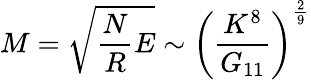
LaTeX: M=\sqrt{\frac{N}{R}E}\sim\left(\frac{K^{8}}{G_{11}}\right)^{\frac{2}{9}}